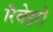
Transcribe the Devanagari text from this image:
रिबेइरो